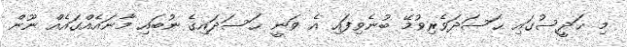
މި ޙަދީސުގައި ޙަސަދަވެރިވުމޭ ބުނެވިފައި އެ ވަނީ ޙަސަދައިގެ ނުބައި މާނައެއްގައެއް ނޫން